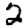
Digit: 2